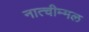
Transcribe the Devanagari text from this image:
नात्चीम्मल